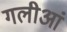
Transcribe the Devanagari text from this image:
गलीआं